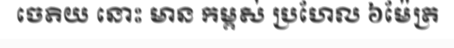
ចេតិយ នោះ មាន កម្ពស់ ប្រហែល ៦ម៉ែត្រ